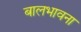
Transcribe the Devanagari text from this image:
बालभावना